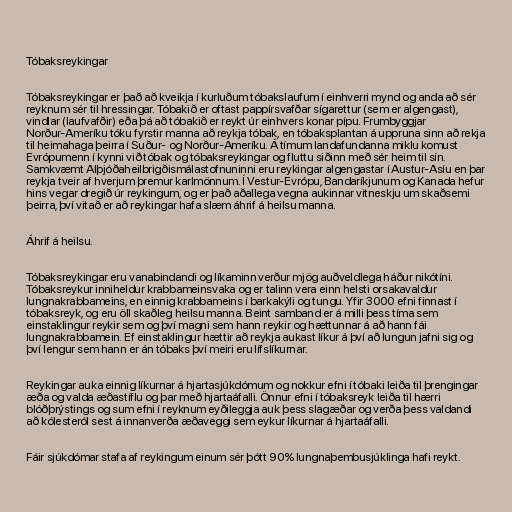
Tóbaksreykingar

Tóbaksreykingar er það að kveikja í kurluðum tóbakslaufum í einhverri mynd og anda að sér
reyknum sér til hressingar. Tóbakið er oftast pappírsvafðar sígarettur (sem er algengast),
vindlar (laufvafðir) eða þá að tóbakið er reykt úr einhvers konar pípu. Frumbyggjar
Norður-Ameríku tóku fyrstir manna að reykja tóbak, en tóbaksplantan á uppruna sinn að rekja
til heimahaga þeirra í Suður- og Norður-Ameríku. Á tímum landafundanna miklu komust
Evrópumenn í kynni við tóbak og tóbaksreykingar og fluttu siðinn með sér heim til sín.
Samkvæmt Alþjóðaheilbrigðismálastofnuninni eru reykingar algengastar í Austur-Asíu en þar
reykja tveir af hverjum þremur karlmönnum. Í Vestur-Evrópu, Bandaríkjunum og Kanada hefur
hins vegar dregið úr reykingum, og er það aðallega vegna aukinnar vitneskju um skaðsemi
þeirra, því vitað er að reykingar hafa slæm áhrif á heilsu manna.

Áhrif á heilsu.

Tóbaksreykingar eru vanabindandi og líkaminn verður mjög auðveldlega háður nikótíni.
Tóbaksreykur inniheldur krabbameinsvaka og er talinn vera einn helsti orsakavaldur
lungnakrabbameins, en einnig krabbameins í barkakýli og tungu. Yfir 3000 efni finnast í
tóbaksreyk, og eru öll skaðleg heilsu manna. Beint samband er á milli þess tíma sem
einstaklingur reykir sem og því magni sem hann reykir og hættunnar á að hann fái
lungnakrabbamein. Ef einstaklingur hættir að reykja aukast líkur á því að lungun jafni sig og
því lengur sem hann er án tóbaks því meiri eru lífslíkurnar.

Reykingar auka einnig líkurnar á hjartasjúkdómum og nokkur efni í tóbaki leiða til þrengingar
æða og valda æðastíflu og þar með hjartaáfalli. Önnur efni í tóbaksreyk leiða til hærri
blóðþrýstings og sum efni í reyknum eyðileggja auk þess slagæðar og verða þess valdandi
að kólesteról sest á innanverða æðaveggi sem eykur líkurnar á hjartaáfalli.

Fáir sjúkdómar stafa af reykingum einum sér þótt 90% lungnaþembusjúklinga hafi reykt.